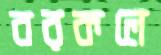
বরকলে